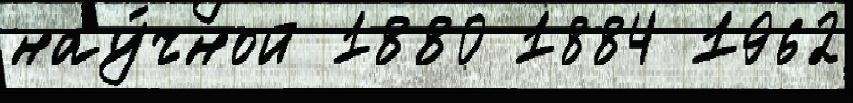
нау́чной 1880 1884 1962